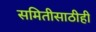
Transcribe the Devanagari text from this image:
समितीसाठीही